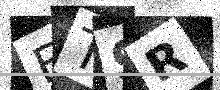
Text: ET9R